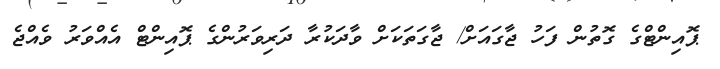
ޕޮއިންޓްގެ ގޮތުން ފަހު ޖާގައަށް/ ޖާގަތަކަށް ވާދަކުރާ ދަރިވަރުންގެ ޕޮއިންޓް އެއްވަރު ވެއްޖެ